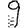
Digit: 9